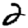
Digit: 2